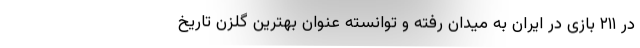
در ۲۱۱ بازی در ایران به میدان رفته و توانسته عنوان بهترین گلزن تاریخ